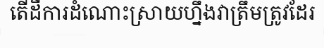
តើដីការដំណោះស្រាយហ្នឹងវាត្រឹមត្រូវដែរ